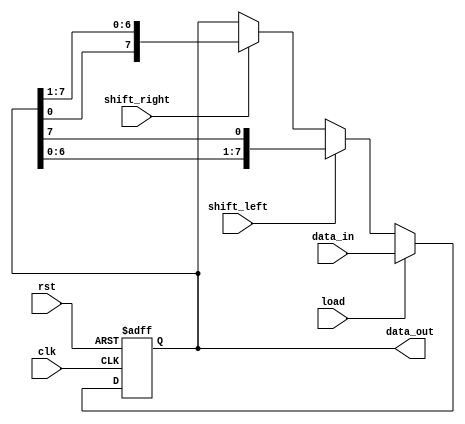
module UniversalShiftRegister (
  input wire clk,
  input wire rst,
  input wire load,
  input wire shift_left,
  input wire shift_right,
  input wire [7:0] data_in,
  output reg [7:0] data_out
);

reg [7:0] internal_data;

always @ (posedge clk or posedge rst) begin
  if (rst) begin
    internal_data <= 8'b0;
  end else begin
    if (load) begin
      internal_data <= data_in;
    end else begin
      if (shift_left) begin
        internal_data <= {internal_data[6:0], internal_data[7]};
      end else if (shift_right) begin
        internal_data <= {internal_data[0], internal_data[7:1]};
      end
    end
  end
end

assign data_out = internal_data;

endmodule